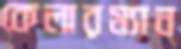
কেলারম্যান